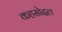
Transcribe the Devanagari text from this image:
कहसोदल